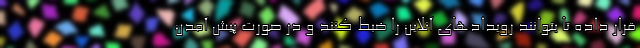
قرار داده تا بتوانند رویدادهای آنلاین را ضبط کنند و در صورت پیش آمدن